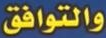
والتوافق